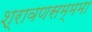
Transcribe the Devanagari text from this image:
श्रावणसम्ममा